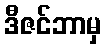
ဒီဇင်ဘာမှ